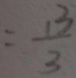
= \frac { 1 3 } { 3 }